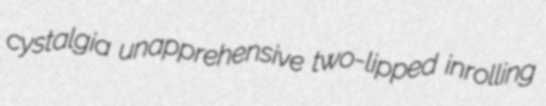
cystalgia unapprehensive two-lipped inrolling